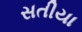
સતીયા